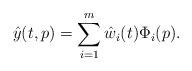
LaTeX: \begin{align*} \hat{y}(t,p) = \sum_{i=1}^m \hat{w}_i(t) \Phi_i(p) . \end{align*}